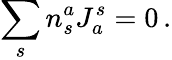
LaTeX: \sum_{s}n_{s}^{a}J_{a}^{s}=0\, .